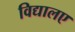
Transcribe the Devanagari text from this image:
विद्यालए